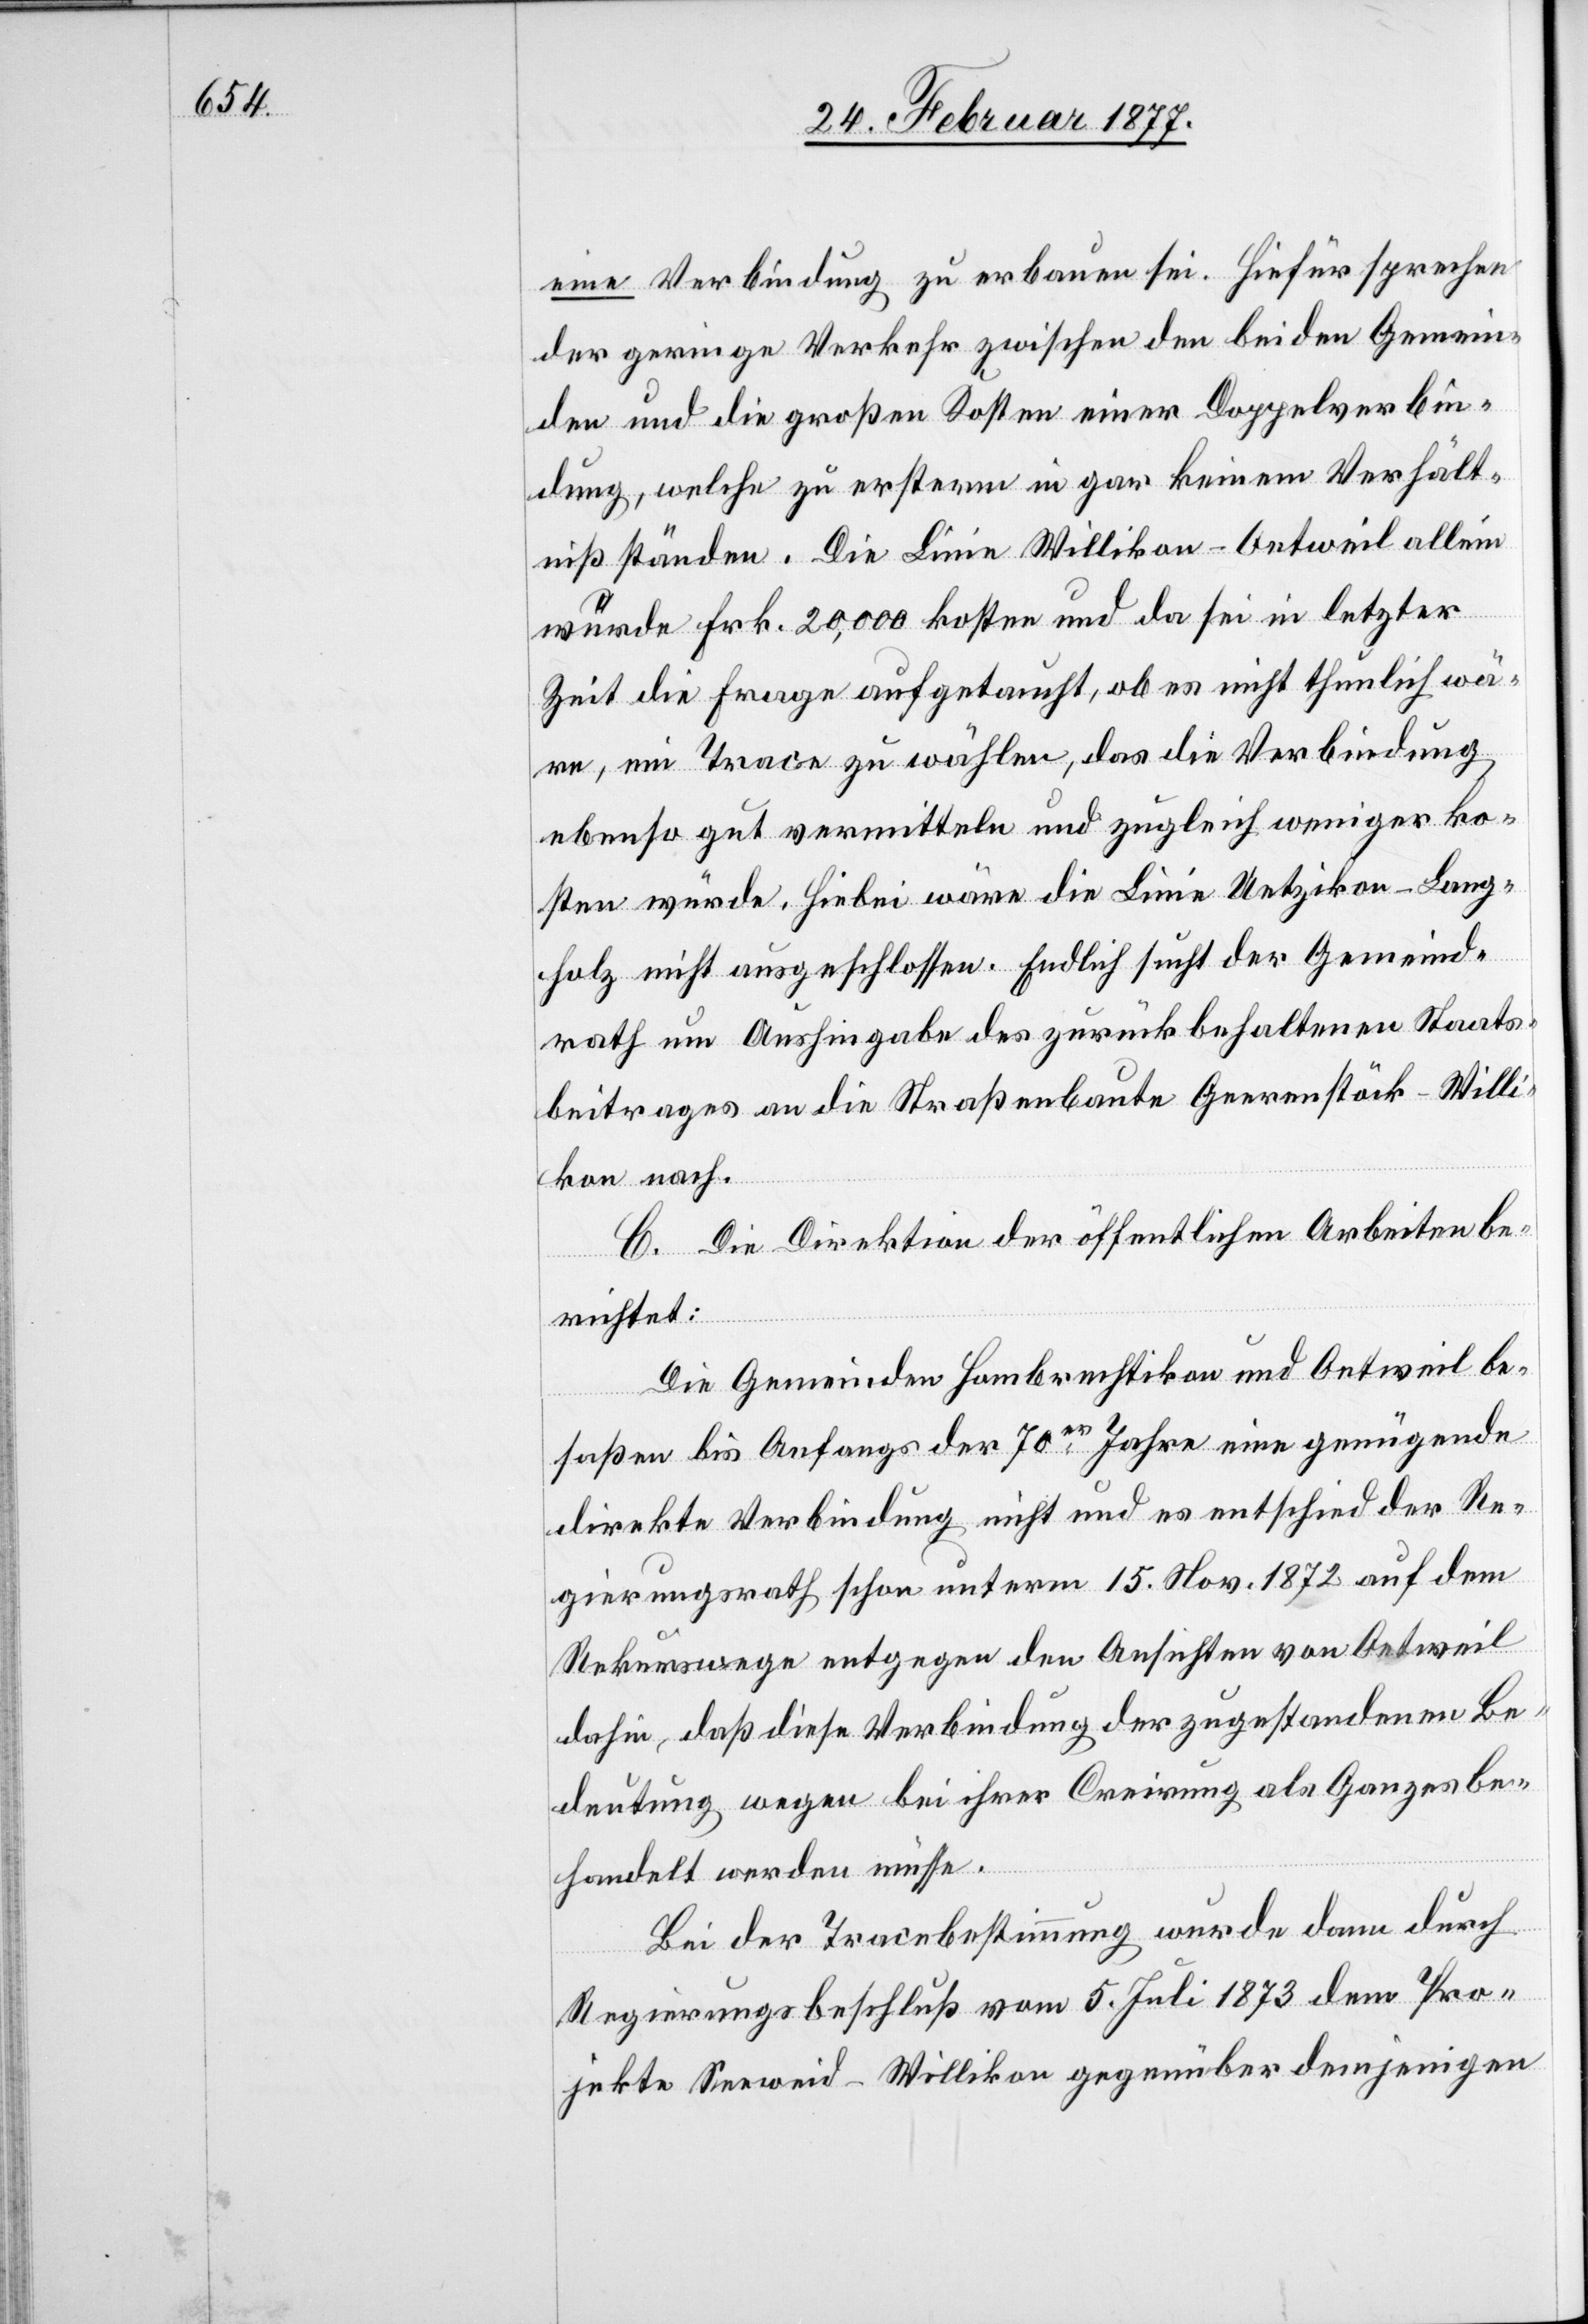
eine Verbindung zu erbauen sei. Hiefür spreche
der geringe Verkehr zwischen den beiden Gemein¬
den und die großen Kosten einer Doppelverbin¬
dung, welche zu ersterm in gar keinem Verhält¬
niß ständen. Die Linie Willikon–Oetweil allein
würde Frk. 20,000 kosten und da sei in letzter
Zeit die Frage aufgetaucht, ob es nicht thunlich wä¬
re, ein Trace [sic!] zu wählen, das die Verbindung
ebenso gut vermitteln und zugleich weniger ko¬
sten würde. Hiebei wäre die Linie Uetzikon–Lang¬
holz nicht ausgeschlossen. Endlich sucht der Gemeind¬
rath um Aushingabe des zurückbehaltenen Staats¬
beitrages an die Straßenbaute Geerenstöck–Willi¬
kon nach.
C. Die Direktion der öffentlichen Arbeiten be¬
richtet
Die Gemeinden Hombrechtikon und Oetweil be¬
saßen bis Anfangs der 70er Jahre eine genügende
direkte Verbindung nicht und es entschied der Re¬
gierungsrath schon unterm 15. Nov. 1872 auf dem
Rekurswege entgegen den Ansichten von Oetweil
dahin, daß diese Verbindung der zugestandenen Be¬
deutung wegen bei ihrer Creirung als Ganzes be¬
handelt werden müsse.
Bei der Tracebestimmung wurde dann durch
Regierungsbeschluß vom 5. Juli 1873 dem Pro¬
jekte Seeweid–Willikon gegenüber demjenigen